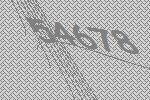
54678